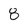
Character: 8